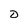
Character: D